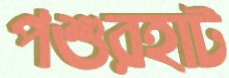
পশুরহাট